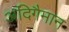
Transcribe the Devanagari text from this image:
अदिगैमान